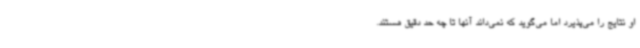
او نتایج را می‌پذیرد اما می‌گوید که نمی‌داند آنها تا چه حد دقیق هستند.